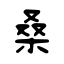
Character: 桑